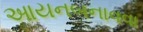
આયનબનાવવા